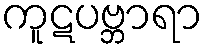
ကူဋပဗ္ဘာရာ